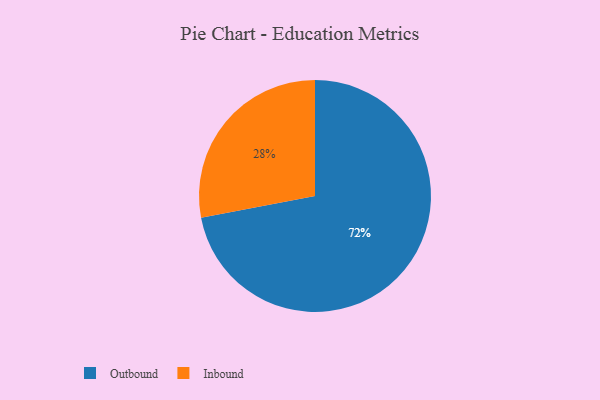
{"axis": {"x": "Category", "y": "Percentage"}, "legend": ["Inbound", "Outbound"], "data": [{"x": "Outbound", "y": 72, "type": "Outbound"}, {"x": "Inbound", "y": 28, "type": "Inbound"}]}